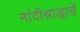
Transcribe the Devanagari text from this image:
नांदीश्राद्धाचें